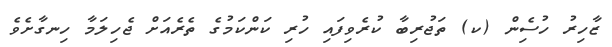
ޒާހިރު ހުސެިން (ކ) ތަޖުރިބާ ކުރެވިފައި ހުރި ކަންކަމުގެ ތެރެއަށް ޖެހިލަމާ ހިނގާށެވެ